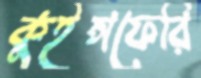
কুইন্সফেরি